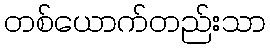
တစ်ယောက်တည်းသာ